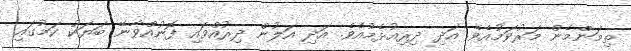
ތިމަންމެން މަރުވަމުއެވެ. އަދި ދިރިއުޅެމުއެވެ. އަދި އަލުން ދިރުއްވައި ފޮނުއްވާނޭ ބަޔަކު ކަމުގައި